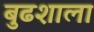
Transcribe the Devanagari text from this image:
बुढशाला